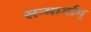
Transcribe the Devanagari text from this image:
सन्मार्गाग्